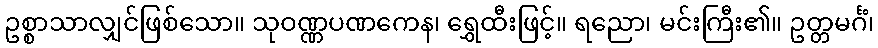
ဥစ္စာသာလျှင်ဖြစ်သော။ သုဝဏ္ဏပဏကေန၊ ရွှေထီးဖြင့်။ ရညော၊ မင်းကြီး၏။ ဥတ္တမင်္ဂံ၊